Trukikaitis_Postimees, lk 11
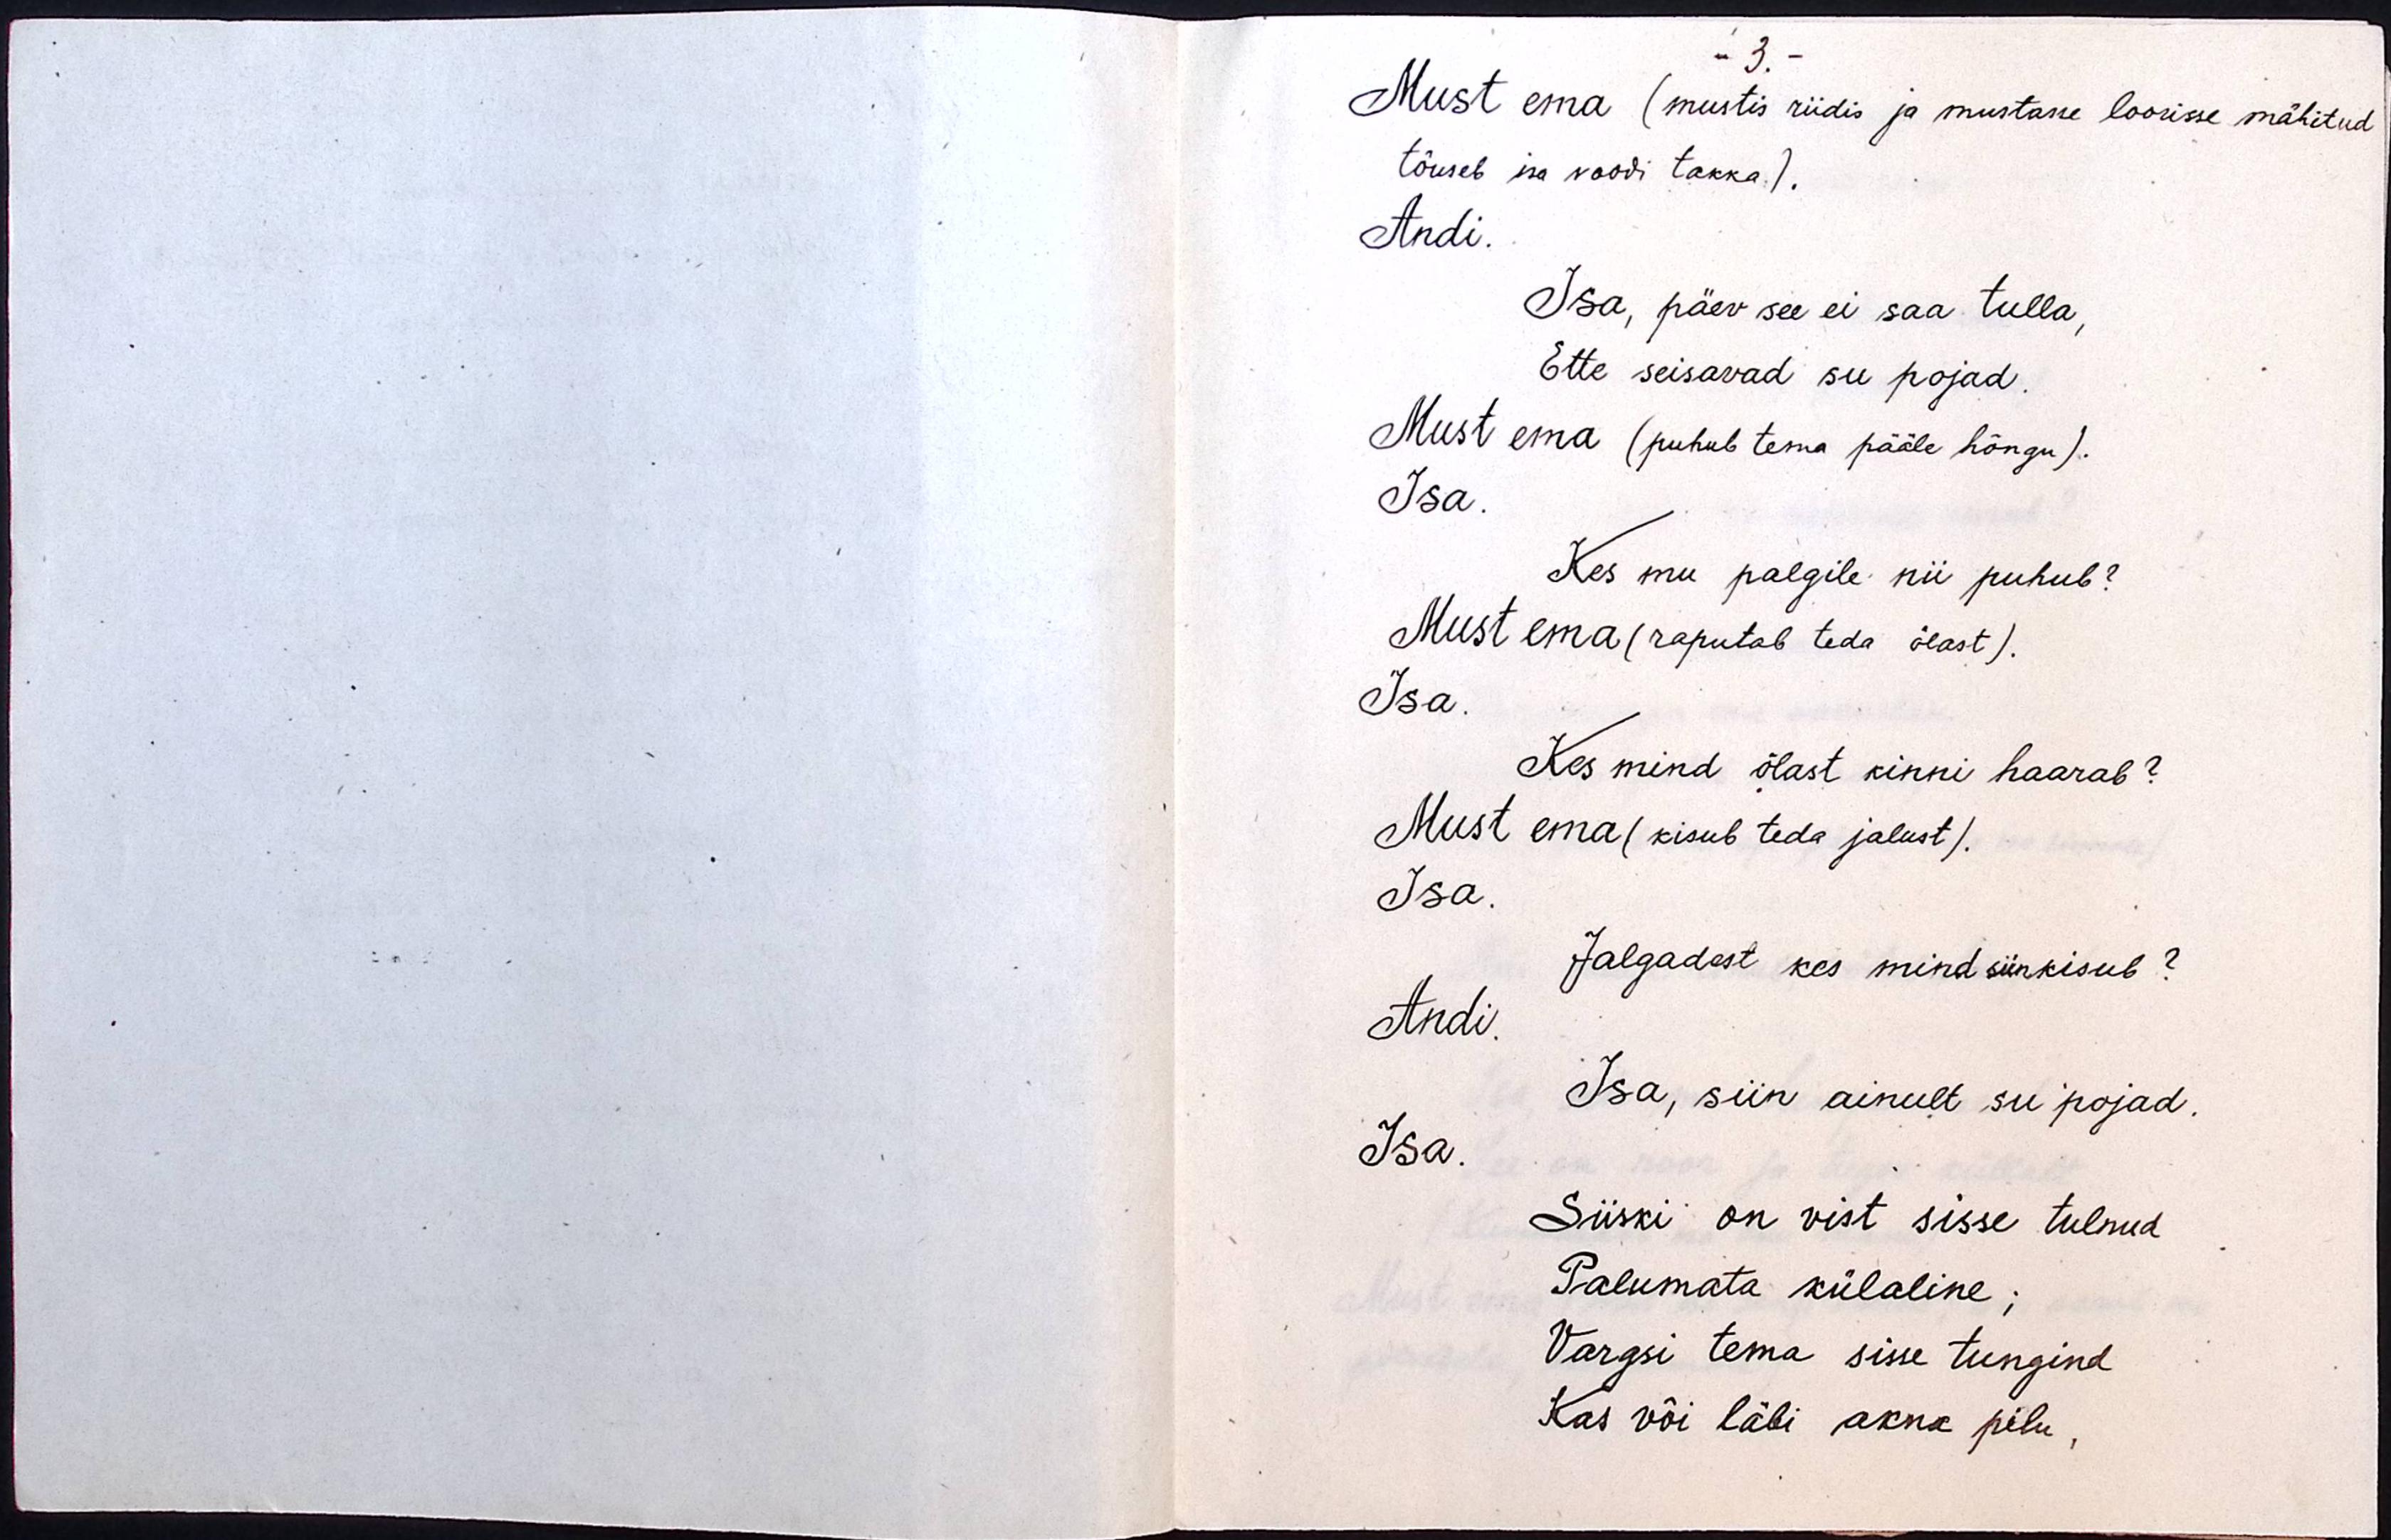
- 3 -
Must ema (mustis riidis ja mustasse loorisse mähitud
tõuseb isa voodi takka).
Andi.
Isa, päev see ei saa tulla,
Ette seisavad su pojad.
Must ema (puhub tema pääle hõngu).
Isa.
Kes mu palgile nii puhub?
Must ema (raputab teda õlast).
Isa.
Kes mind õlast kinni haarab?
Must ema (kisub teda jalust).
Isa.
Jalgadest kes mind siin kisub?
Andi.
Isa, siin ainult su pojad.
Isa.
Siiski on vist sisse tulnud
Palumata külaline;
Vargsi tema sisse tungind,
Kas või läbi akna pilu,